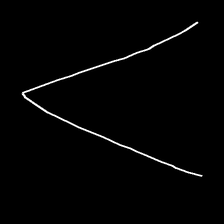
Glyph: region